Insane asylums in Bengal annual reports 1876-1887 - 1876-1887
Year: 1876
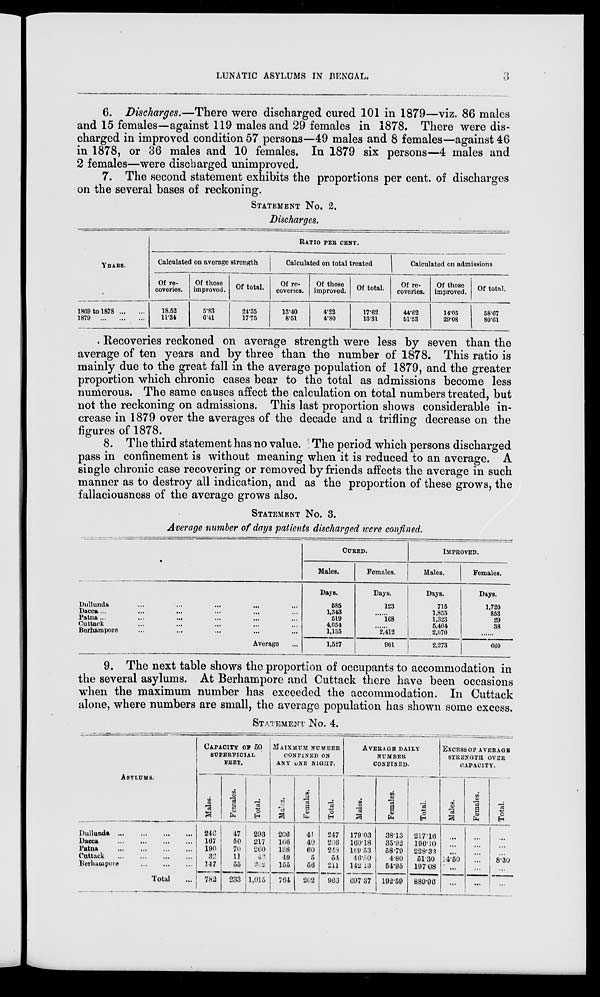
LUNATIC ASYLUMS IN BENGAL.
3
6. Discharges.—There were discharged cured 101 in 1879—viz. 86 males
and 15 females—against 119 males and 29 females in 1878. There were dis-
charged in improved condition 57 persons—49 males and 8 females—against 46
in 1878, or 36 males and 10 females. In 1879 six persons—4 males and
2 females—were discharged unimproved.
7. The second statement exhibits the proportions per cent. of discharges
on the several bases of reckoning.
STATEMENT No. 2.
Discharges.
YEARS.
1869 to 1878 ... ...
1879
... ... ...
RATIO PER CENT.
Calculated on average strength
Of re-
coveries.
18.52
11.34
Of those
improved.
5.83
6.41
Of total.
24.35
17.75
Calculated on total treated
Of re-
coveries.
13.40
8.51
Of those
improved.
4.22
4.80
Of total.
17.62
13.31
Calculated on admissions
Of re-
coveries.
44.62
51.53
Of those
improved.
14.05
29.08
Of total.
58.67
80.61
* Recoveries reckoned on average strength were less by seven than the
average of ten years and by three than the number of 1878. This ratio is
mainly due to the great fall in the average population of 1879, and the greater
proportion which chronic cases bear to the total as admissions become less
numerous. The same causes affect the calculation on total numbers treated, but
not the reckoning on admissions. This last proportion shows considerable in-
crease in 1879 over the averages of the decade and a trifling decrease on the
figures of 1878.
8. The third statement has no value. The period which persons discharged
pass in confinement is without meaning when it is reduced to an average. A
single chronic case recovering or removed by friends affects the average in such
manner as to destroy all indication, and as the proportion of these grows, the
fallaciousness of the average grows also.
STATEMENT No. 3.
Average number of days patients discharged were confined.
Dullunda ... ... ... ... ...
Dacca ... ... ... ... ... ...
Patna ... ... ... ... ... ...
Cuttack ... ... ... ... ...
Berhampore ... ... ... ... ...
Average ...
CURED.
Males.
Days.
585
1,343
519
4,054
1,135
1,527
Females.
Days.
123
......
168
......
2,412
901
IMPROVED.
Males.
Days.
715
1,855
1,323
5,404
2,070
2,273
Females.
Days.
1,720
853
29
38
......
660
9. The next table shows the proportion of occupants to accommodation in
the several asylums. At Berhampore and Cuttack there have been occasions
when the maximum number has exceeded the accommodation. In Cuttack
alone, where numbers are small, the average population has shown some excess.
STATEMENT No. 4.
ASYLUMS.
Dullunda
...
...
...
...
Dacca
...
...
...
...
Patna
...
...
...
...
Cuttack
...
...
...
...
Berhampore
...
...
...
Total ...
CAPACITY OF 50
SUPERFICIAL
FEET.
Males.
246
167
190
32
147
782
Females.
47
50
70
11
55
233
Total.
293
217
260
43
202
1,015
MAXIMUM NUMBER
CONFINED ON
ANY ONE NIGHT.
Males.
206
166
188
49
155
764
Females.
41
40
60
5
56
202
Total.
247
206
248
54
211
966
AVERAGE DAILY
NUMBER
CONFINED.
Males.
17903
16018
169.53
46.50
142.13
697.37
Females.
3813
35.92
58.79
4.80
54.95
192.59
Total.
21716
196.10
228.32
51.30
197.08
889.96
EXCESS OF AVERAGE
STRENGTH OVER
CAPACITY.
Males.
...
...
...
14.50
...
...
Females.
...
...
...
...
...
...
Total.
...
...
...
8.30
...
...